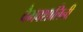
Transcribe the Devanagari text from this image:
वैभवशालिनी